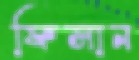
ফিসান